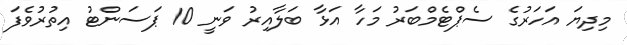
މިދިޔަަ އަހަރުގެ ސެޕްޓެމްބަރު މަހާ އަޅާ ބަލާއިރު ވަނީ 10 ޕަސަންޓު އިތުރުވެފަ